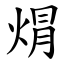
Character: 焨